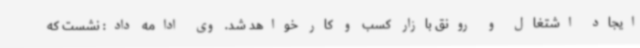
ایجاد اشتغال و رونق بازار کسب و کار خواهد شد. وی ادامه داد: نشست که